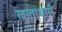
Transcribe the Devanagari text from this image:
खाताधारी